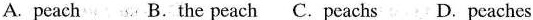
A. peach B.The peach C. Peachs D. Peaches